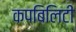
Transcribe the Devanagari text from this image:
कपबिलिटी